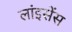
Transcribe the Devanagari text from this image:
लांइसेंस